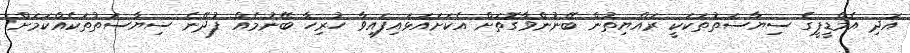
އަދި އެމްޑީޕީގެ ސިޔާސަތުތަކަކީ ރައްޔިތުން ބޭނުންވާގޮތަށް އެކަށައަޅައިފައިވާ ހުރިހާ ބޭނުމެއް ފުދޭނެ ސިޔާސަތުތަކެއްކަމަށް